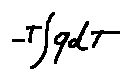
- T \int q d T